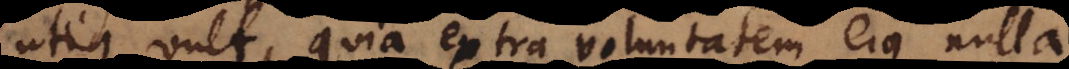
utique vult, quia extra voluntatem ejus nulla